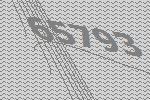
65793